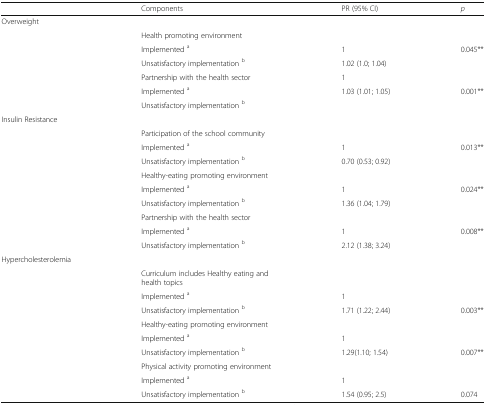
|  | Components | PR (95% CI) | p |
 | --- | --- | --- | --- |
 | Overweight |  |  |  |
 |  | Health promoting environment |  |  |
 |  | Implemented a | 1 | <ROWSPAN=2> 0.045** |
 |  | Unsatisfactory implementation b | 1.02 (1.0; 1.04) |
 |  | Partnership with the health sector | 1 |  |
 |  | Implemented a | 1.03 (1.01; 1.05) | <ROWSPAN=2> 0.001** |
 |  | Unsatisfactory implementation b |  |
 | Insulin Resistance |  |  |  |
 |  | Participation of the school community |  |  |
 |  | Implemented a | 1 | <ROWSPAN=2> 0.013** |
 |  | Unsatisfactory implementation b | 0.70 (0.53; 0.92) |
 |  | Healthy-eating promoting environment |  |  |
 |  | Implemented a | 1 | <ROWSPAN=2> 0.024** |
 |  | Unsatisfactory implementation b | 1.36 (1.04; 1.79) |
 |  | Partnership with the health sector |  |  |
 |  | Implemented a | 1 | <ROWSPAN=2> 0.008** |
 |  | Unsatisfactory implementation b | 2.12 (1.38; 3.24) |
 | Hypercholesterolemia |  |  |  |
 |  | Curriculum includes Healthy eating and health topics |  |  |
 |  | Implemented a | 1 |  |
 |  | Unsatisfactory implementation b | 1.71 (1.22; 2.44) | 0.003** |
 |  | Healthy-eating promoting environment |  |  |
 |  | Implemented a | 1 |  |
 |  | Unsatisfactory implementation b | 1.29(1.10; 1.54) | 0.007** |
 |  | Physical activity promoting environment |  |  |
 |  | Implemented a | 1 |  |
 |  | Unsatisfactory implementation b | 1.54 (0.95; 2.5) | 0.074 |